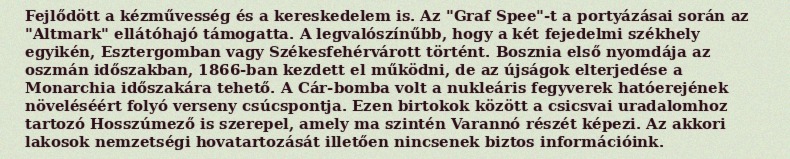
Fejlődött a kézművesség és a kereskedelem is. Az "Graf Spee"-t a portyázásai során az "Altmark" ellátóhajó támogatta. A legvalószínűbb, hogy a két fejedelmi székhely egyikén, Esztergomban vagy Székesfehérvárott történt. Bosznia első nyomdája az oszmán időszakban, 1866-ban kezdett el működni, de az újságok elterjedése a Monarchia időszakára tehető. A Cár-bomba volt a nukleáris fegyverek hatóerejének növeléséért folyó verseny csúcspontja. Ezen birtokok között a csicsvai uradalomhoz tartozó Hosszúmező is szerepel, amely ma szintén Varannó részét képezi. Az akkori lakosok nemzetségi hovatartozását illetően nincsenek biztos információink.